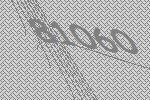
81060